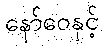
နော်ဝေနှင့်